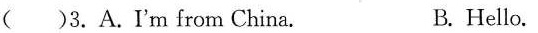
( )3.A.I'm from China. B. Hello.